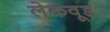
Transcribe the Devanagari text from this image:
लेकवूड